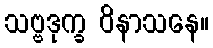
သဗ္ဗဒုက္ခ ဝိနာသနေ။